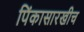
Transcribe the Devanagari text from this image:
पिंकासारखीच